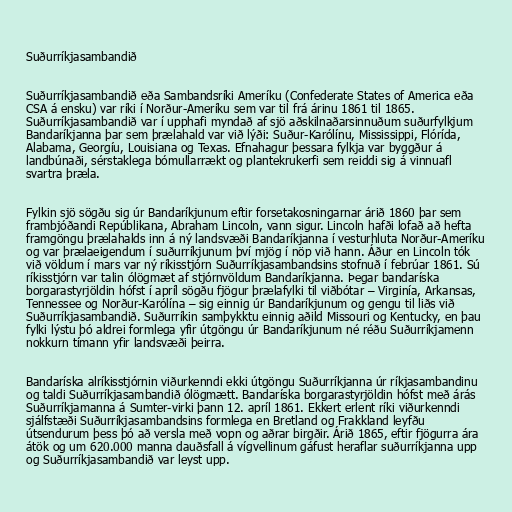
Suðurríkjasambandið

Suðurríkjasambandið eða Sambandsríki Ameríku (Confederate States of America eða
CSA á ensku) var ríki í Norður-Ameríku sem var til frá árinu 1861 til 1865.
Suðurríkjasambandið var í upphafi myndað af sjö aðskilnaðarsinnuðum suðurfylkjum
Bandaríkjanna þar sem þrælahald var við lýði: Suður-Karólínu, Mississippi, Flórída,
Alabama, Georgíu, Louisiana og Texas. Efnahagur þessara fylkja var byggður á
landbúnaði, sérstaklega bómullarrækt og plantekrukerfi sem reiddi sig á vinnuafl
svartra þræla.

Fylkin sjö sögðu sig úr Bandaríkjunum eftir forsetakosningarnar árið 1860 þar sem
frambjóðandi Repúblikana, Abraham Lincoln, vann sigur. Lincoln hafði lofað að hefta
framgöngu þrælahalds inn á ný landsvæði Bandaríkjanna í vesturhluta Norður-Ameríku
og var þrælaeigendum í suðurríkjunum því mjög í nöp við hann. Áður en Lincoln tók
við völdum í mars var ný ríkisstjórn Suðurríkjasambandsins stofnuð í febrúar 1861. Sú
ríkisstjórn var talin ólögmæt af stjórnvöldum Bandaríkjanna. Þegar bandaríska
borgarastyrjöldin hófst í apríl sögðu fjögur þrælafylki til viðbótar – Virginía, Arkansas,
Tennessee og Norður-Karólína – sig einnig úr Bandaríkjunum og gengu til liðs við
Suðurríkjasambandið. Suðurríkin samþykktu einnig aðild Missouri og Kentucky, en þau
fylki lýstu þó aldrei formlega yfir útgöngu úr Bandaríkjunum né réðu Suðurríkjamenn
nokkurn tímann yfir landsvæði þeirra.

Bandaríska alríkisstjórnin viðurkenndi ekki útgöngu Suðurríkjanna úr ríkjasambandinu
og taldi Suðurríkjasambandið ólögmætt. Bandaríska borgarastyrjöldin hófst með árás
Suðurríkjamanna á Sumter-virki þann 12. apríl 1861. Ekkert erlent ríki viðurkenndi
sjálfstæði Suðurríkjasambandsins formlega en Bretland og Frakkland leyfðu
útsendurum þess þó að versla með vopn og aðrar birgðir. Árið 1865, eftir fjögurra ára
átök og um 620.000 manna dauðsfall á vígvellinum gáfust heraflar suðurríkjanna upp
og Suðurríkjasambandið var leyst upp.